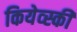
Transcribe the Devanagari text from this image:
कियेव्स्की